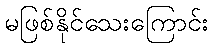
မဖြစ်နိုင်သေးကြောင်း